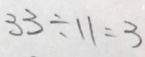
3 3 \div 1 1 = 3